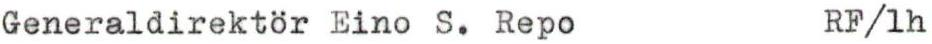
Generaldirektör Eino S. Repo RF/1h